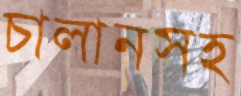
চালানসহ